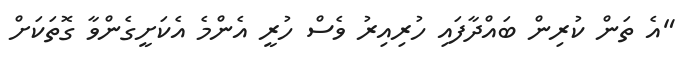
"އެ ތަން ކުރިން ބައްދާފައި ހުރިއިރު ވެސް ހުރީ އެންމެ އެކަށީގެންވާ ގޮތަކަށް